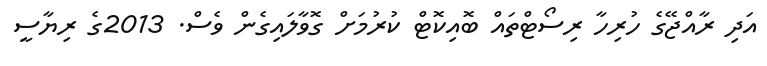
އަދި ރާއްޖޭގެ ހުރިހާ ރިސޯޓްތައް ބޮއިކޮޓް ކުރުމަށް ގޮވާލައިގެން ވެސް. 2013ގެ ރިޔާސީ